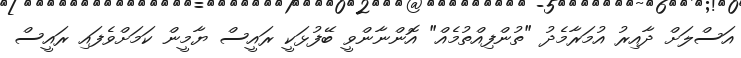
އަސްލަށް ދާއިރު އުމަރާމެދު "ތުންފިއްތުމެެއް" އޮންނާންވީ ބޭފުޅަކީ ރައީސް ޔާމީން ކަމަށްވެފައި ރައީސް